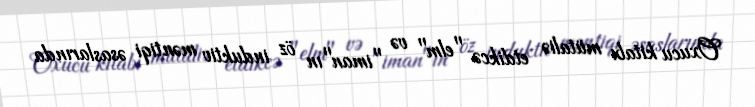
Oxucu kitabı mütaliə etdikcə "elm" və "iman"ın öz induktiv məntiqi əsaslarında